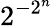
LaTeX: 2^{-2^{n}}